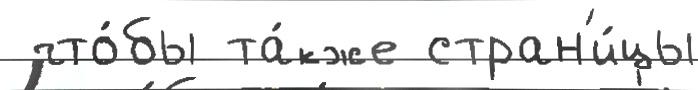
 что́бы та́кже стран'и́цы